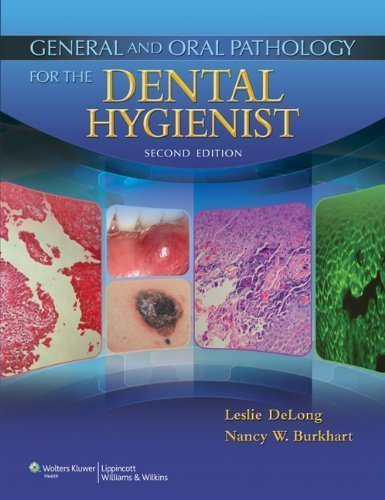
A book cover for General and Oral Pathology for the Dental Hygienist 2nd (second) Edition by DeLong BS MHA, Leslie, Burkhart BSDH MEd EdD, Nancy published by Lippincott Williams & Wilkins (2012); Medical Books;